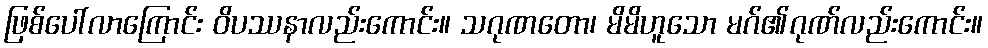
ဖြစ်ပေါ်လာကြောင်း ဝိပဿနာလည်းကောင်း။ သဂုဏတော၊ မိမိဟူသော မဂ်၏ဂုဏ်လည်းကောင်း။